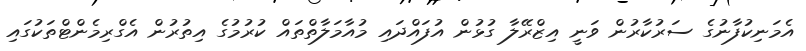
އެމަނިކުފާނުގެ ސަރުކާރުން ވަނީ އިޒްރޭލާ ގުޅުން އުފައްދައި މުއާމަލާތްތައް ކުރުމުގެ އިތުރުން އެގްރިމެންޓްތަކުގައި